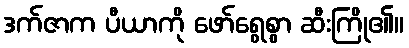
ဒက်ဇာက ပီယာကို ဖော်ရွေစွာ ဆီးကြို၏။